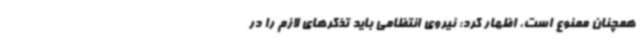
همچنان ممنوع است، اظهار کرد: نیروی انتظامی باید تذکرهای لازم را در